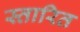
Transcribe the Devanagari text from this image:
स्तारित